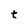
Character: t